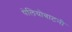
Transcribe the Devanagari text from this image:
पेलियोबाटनी